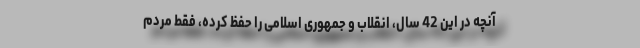
آنچه در این 42 سال، انقلاب و جمهوری اسلامی را حفظ کرده، فقط مردم